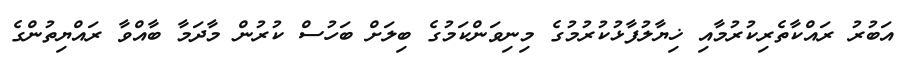
އަބުރު ރައްކާތެރިކުރުމާއި ޚިޔާލުފާޅުކުރުމުގެ މިނިވަންކަމުގެ ބިލަށް ބަހުސް ކުރުން މާދަމާ ބާއްވާ ރައްޔިތުންގެ